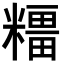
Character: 𥼦